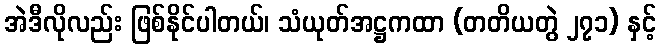
အဲဒီလိုလည်း ဖြစ်နိုင်ပါတယ်၊ သံယုတ်အဋ္ဌကထာ (တတိယတွဲ ၂၇၁) နှင့်